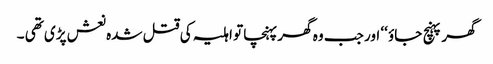
گھر پہنچ جاؤ ‘‘ اور جب وہ گھر پہنچا تو اہلیہ کی قتل شدہ نعش پڑی تھی ۔